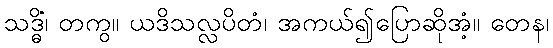
သဒ္ဓိံ၊ တကွ။ ယဒိသလ္လပိတံ၊ အကယ်၍ပြောဆိုအံ့။ တေန၊